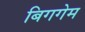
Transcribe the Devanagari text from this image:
बिगगेम